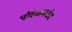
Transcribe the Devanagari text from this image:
मोहकमचंद